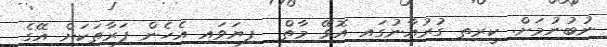
ނުބުނުމަށް. ކީރިތި ގުރުއާނުގައި އޮވޭ މާތް  ފިޔަވައި އެހެން ފަރާތަކަށް އޭގެ